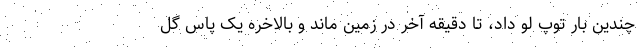
چندین بار توپ لو داد، تا دقیقه آخر در زمین ماند و بالاخره یک پاس گل